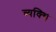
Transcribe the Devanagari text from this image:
व्यक्थि